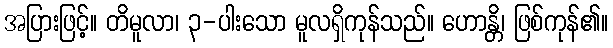
အပြားဖြင့်။ တိမူလာ၊ ၃-ပါးသော မူလရှိကုန်သည်။ ဟောန္တိ၊ ဖြစ်ကုန်၏။